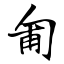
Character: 匍